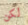
لكن